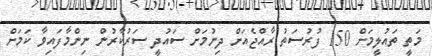
މަތީ ތައުލީމަށް 150 ފުރުސަތު ރާއްޖެއަށް ދިނުމަށް ސައުދީ ސަރުކާރުން ނިންމާފައިވާ ކަމަށް